Indian Medical Review
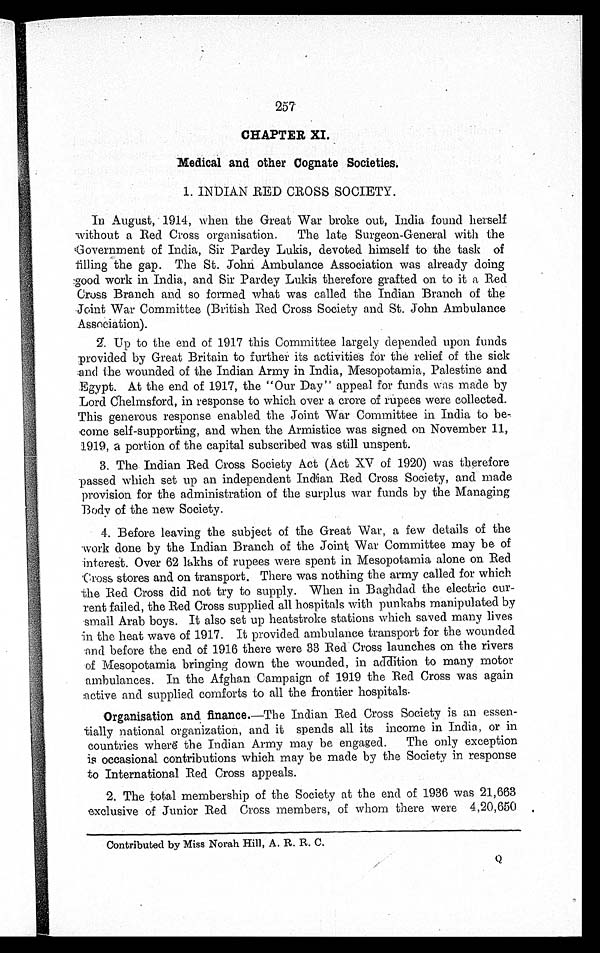
257
CHAPTER XI.
Medical and other Cognate Societies.
1. INDIAN RED CROSS SOCIETY.
In August, 1914, when the Great War broke out, India found herself
without a Red Cross organisation. The late Surgeon-General with the
Government of India, Sir Pardey Lukis, devoted himself to the task of
filling the gap. The St. John Ambulance Association was already doing
good work in India, and Sir Pardey Lukis therefore grafted on to it a Red
Cross Branch and so formed what was called the Indian Branch of the
Joint War Committee (British Red Cross Society and St. John Ambulance
Association).
2. Up to the end of 1917 this Committee largely depended upon funds
provided by Great Britain to further its activities for the relief of the sick
and the wounded of the Indian Army in India, Mesopotamia, Palestine and
Egypt. At the end of 1917, the "Our Day" appeal for funds was made by
Lord Chelmsford, in response to which over a crore of rupees were collected.
This generous response enabled the Joint War Committee in India to be
-
come self-supporting, and when the Armistice was signed on November 11,
1919, a portion of the capital subscribed was still unspent.
3. The Indian Red Cross Society Act (Act XV of 1920) was therefore
passed which set up an independent Indian Red Cross Society, and made
provision for the administration of the surplus war funds by the Managing
Body of the new Society.
4. Before leaving the subject of the Great War, a few details of the
work done by the Indian Branch of the Joint War Committee may be of
interest. Over 62 lakhs of rupees were spent in Mesopotamia alone on Red
Cross stores and on transport. There was nothing the army called for which
the Red Cross did not try to supply. When in Baghdad the electric cur
-
rent failed, the Red Cross supplied all hospitals with punkahs manipulated by
small Arab boys. It also set up heatstroke stations which saved many lives
in the heat wave of 1917. It provided ambulance transport for the wounded
and before the end of 1916 there were 33 Red Cross launches on the rivers
of Mesopotamia bringing down the wounded, in addition to many motor
ambulances. In the Afghan Campaign of 1919 the Red Cross was again
active and supplied comforts to all the frontier hospitals.
Organisation and finance.—The Indian Red Cross Society is an essen
-
tially national organization, and it spends all its income in India, or in
countries where the Indian Army may be engaged. The only exception
is occasional contributions which may be made by the Society in response
to International Red Cross appeals.
2. The total membership of the Society at the end of 1936 was 21,663
exclusive of Junior Red Cross members, of whom there were 4,20,650
Contributed by Miss Norah Hill, A. R. R. C.
Q